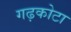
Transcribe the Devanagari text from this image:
गढ़कोटा